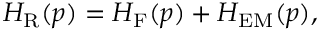
{ \cal H } _ { \mathrm { R } } ( p ) = { \cal H } _ { \mathrm { F } } ( p ) + { \cal H } _ { \mathrm { E M } } ( p ) ,